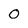
Character: O